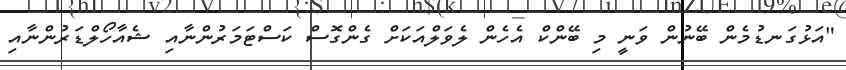
"އަޅުގަނޑުމެން ބޭނުން ވަނީ މި ބޭންކް އެހެން ލެވަލްއަކަށް ގެންގޮސް ކަސްޓަމަރުންނާއި ޝެއާހޯލްޑަރުންނާއި